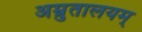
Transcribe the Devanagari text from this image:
अम्रुतालयम्